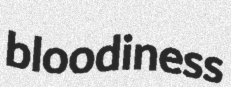
bloodiness